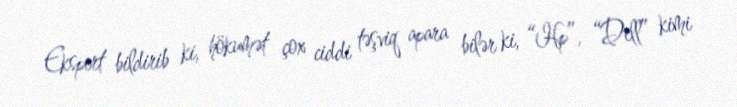
Ekspert bildirib ki, hökumət çox ciddi təşviq apara bilər ki, “Hp”, “Dell” kimi